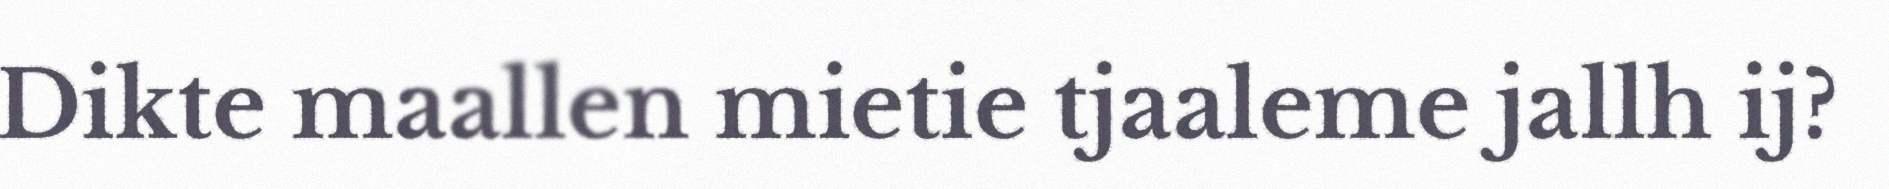
Dikte maallen mietie tjaaleme jallh ij?